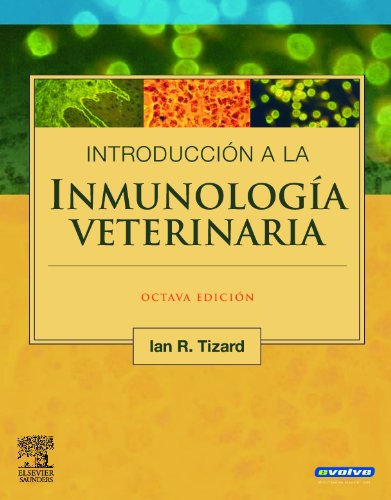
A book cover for InmunologÃ­a veterinaria (incluye evolve), 8e (Spanish Edition); Ian R. Tizard PhD  BSc  BVMS; Medical Books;